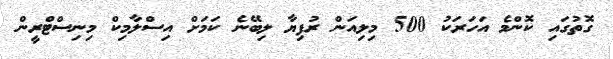
ގޮތުގައި ކޮންމެ އަހަރަކު 500 މިލިއަން ރުފިޔާ ލިބޭނެ ކަމަށް އިސްލާމިކް މިނިސްޓްރީން